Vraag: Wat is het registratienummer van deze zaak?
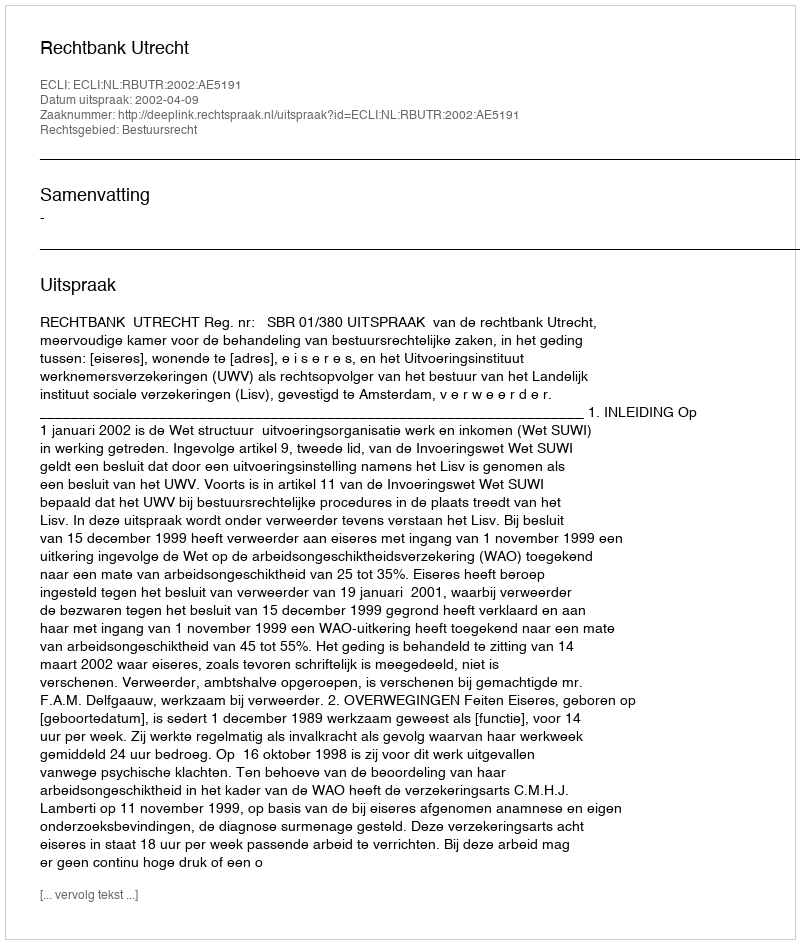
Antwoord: http://deeplink.rechtspraak.nl/uitspraak?id=ECLI:NL:RBUTR:2002:AE5191